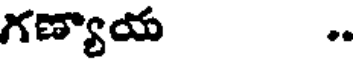
గణ్యాయ .